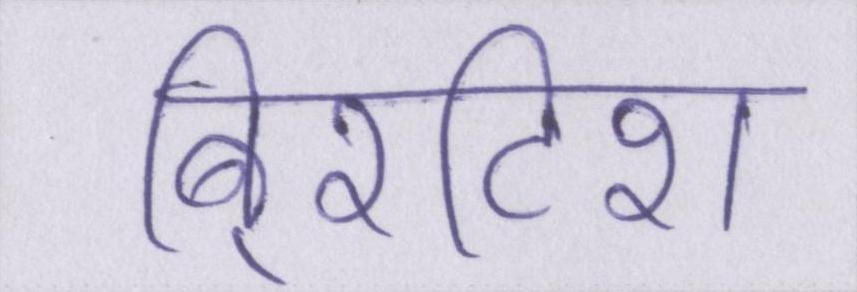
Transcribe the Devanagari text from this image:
बि्रटिश